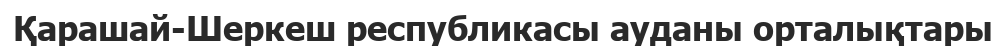
Қарашай-Шеркеш республикасы ауданы орталықтары